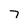
Character: 7